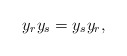
\begin{align*}y_r y_s=y_sy_r,\end{align*}